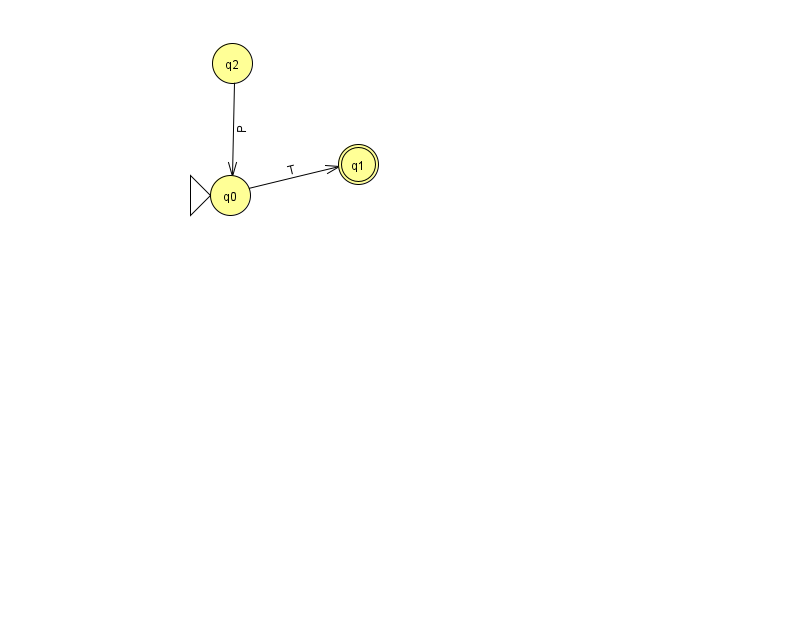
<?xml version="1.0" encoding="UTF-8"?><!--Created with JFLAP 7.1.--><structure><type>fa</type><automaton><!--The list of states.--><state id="0" name="q0"><x>230.0</x><y>182.0</y><initial/></state><state id="1" name="q1"><x>358.0</x><y>151.0</y><final/></state><state id="2" name="q2"><x>232.0</x><y>50.0</y></state><!--The list of transitions.--><transition><from>0</from><to>1</to><read>T</read></transition><transition><from>2</from><to>0</to><read>P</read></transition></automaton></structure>